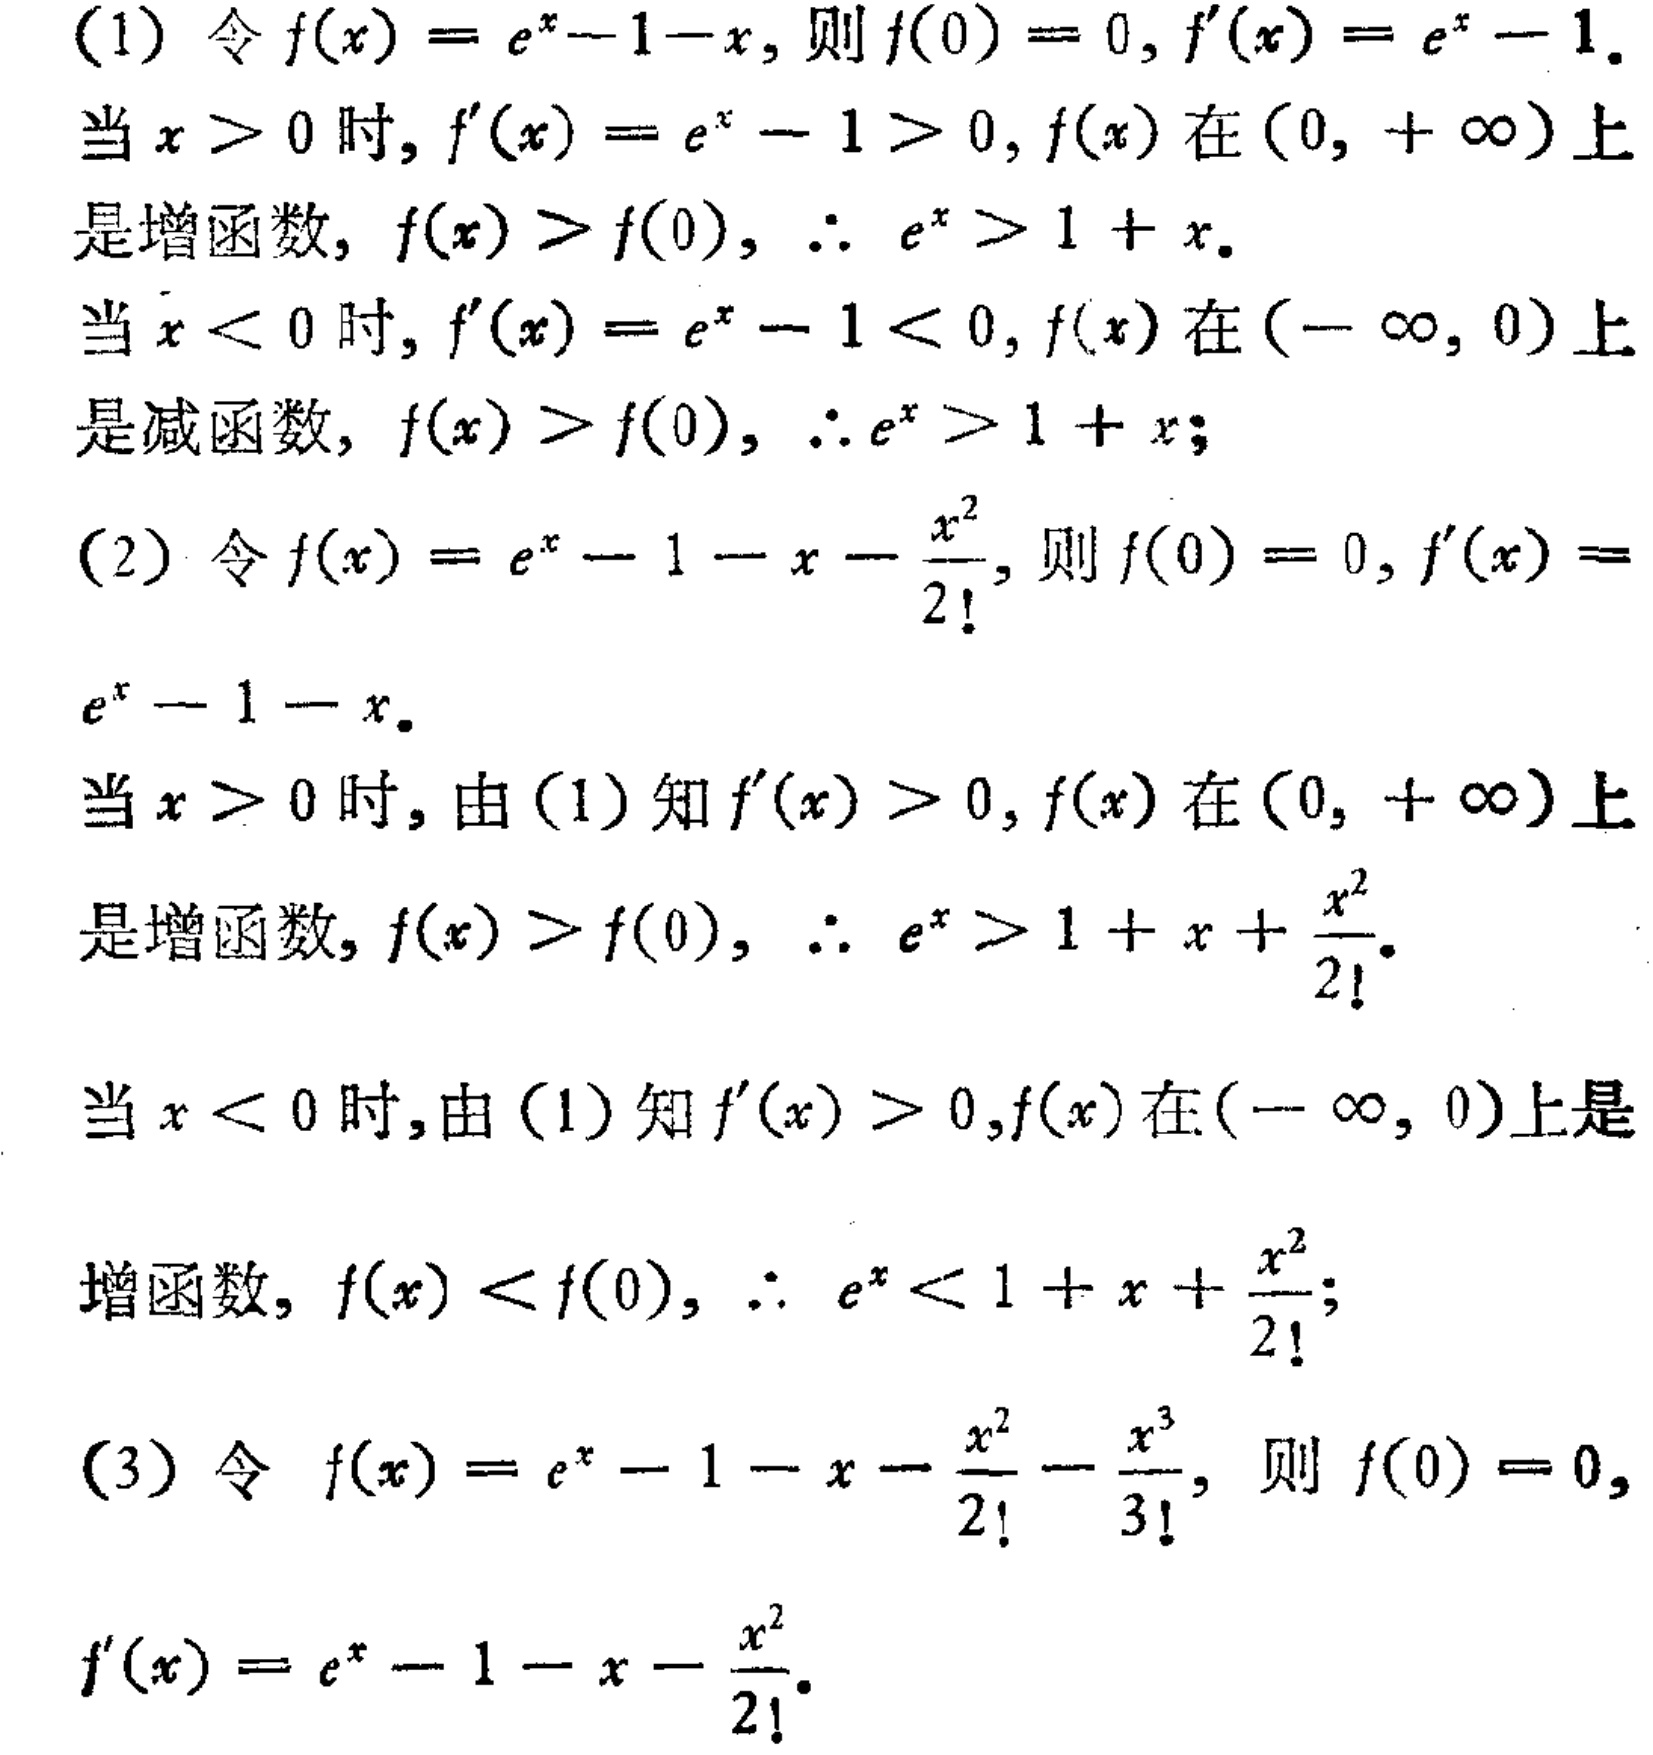
(1) 令 \(f(x)=e^{x}-1 - x\)，则 \(f(0)=0\)，\(f^{\prime}(x)=e^{x}-1\)。
当 \(x > 0\) 时，\(f^{\prime}(x)=e^{x}-1>0\)，\(f(x)\) 在 \((0,+\infty)\) 上是增函数，\(f(x)>f(0)\)，\(\therefore e^{x}>1 + x\)。
当 \(x < 0\) 时，\(f^{\prime}(x)=e^{x}-1<0\)，\(f(x)\) 在 \((-\infty,0)\) 上是减函数，\(f(x)>f(0)\)，\(\therefore e^{x}>1 + x\)；
(2) 令 \(f(x)=e^{x}-1 - x-\frac{x^{2}}{2!}\)，则 \(f(0)=0\)，\(f^{\prime}(x)=e^{x}-1 - x\)。
当 \(x > 0\) 时，由 (1) 知 \(f^{\prime}(x)>0\)，\(f(x)\) 在 \((0,+\infty)\) 上是增函数，\(f(x)>f(0)\)，\(\therefore e^{x}>1 + x+\frac{x^{2}}{2!}\)。
当 \(x < 0\) 时，由 (1) 知 \(f^{\prime}(x)>0\)，\(f(x)\) 在 \((-\infty,0)\) 上是增函数，\(f(x)<f(0)\)，\(\therefore e^{x}<1 + x+\frac{x^{2}}{2!}\)；
(3) 令 \(f(x)=e^{x}-1 - x-\frac{x^{2}}{2!}-\frac{x^{3}}{3!}\)，则 \(f(0)=0\)，\(f^{\prime}(x)=e^{x}-1 - x-\frac{x^{2}}{2!}\)。